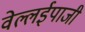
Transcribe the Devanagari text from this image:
वेल्लईपाजी